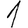
Digit: 1